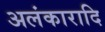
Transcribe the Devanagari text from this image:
अलंकारादि